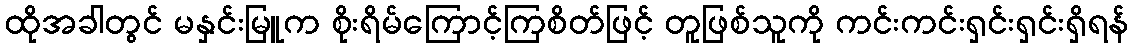
ထိုအခါတွင် မနှင်းမြူက စိုးရိမ်ကြောင့်ကြစိတ်ဖြင့် တူဖြစ်သူကို ကင်းကင်းရှင်းရှင်းရှိရန်